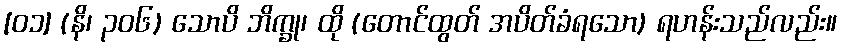
[၀၁] (နိ၊ ၃၀၆) သောပိ ဘိက္ခု၊ ထို (တောင်ထွတ် အပိတ်ခံရသော) ရဟန်းသည်လည်း။